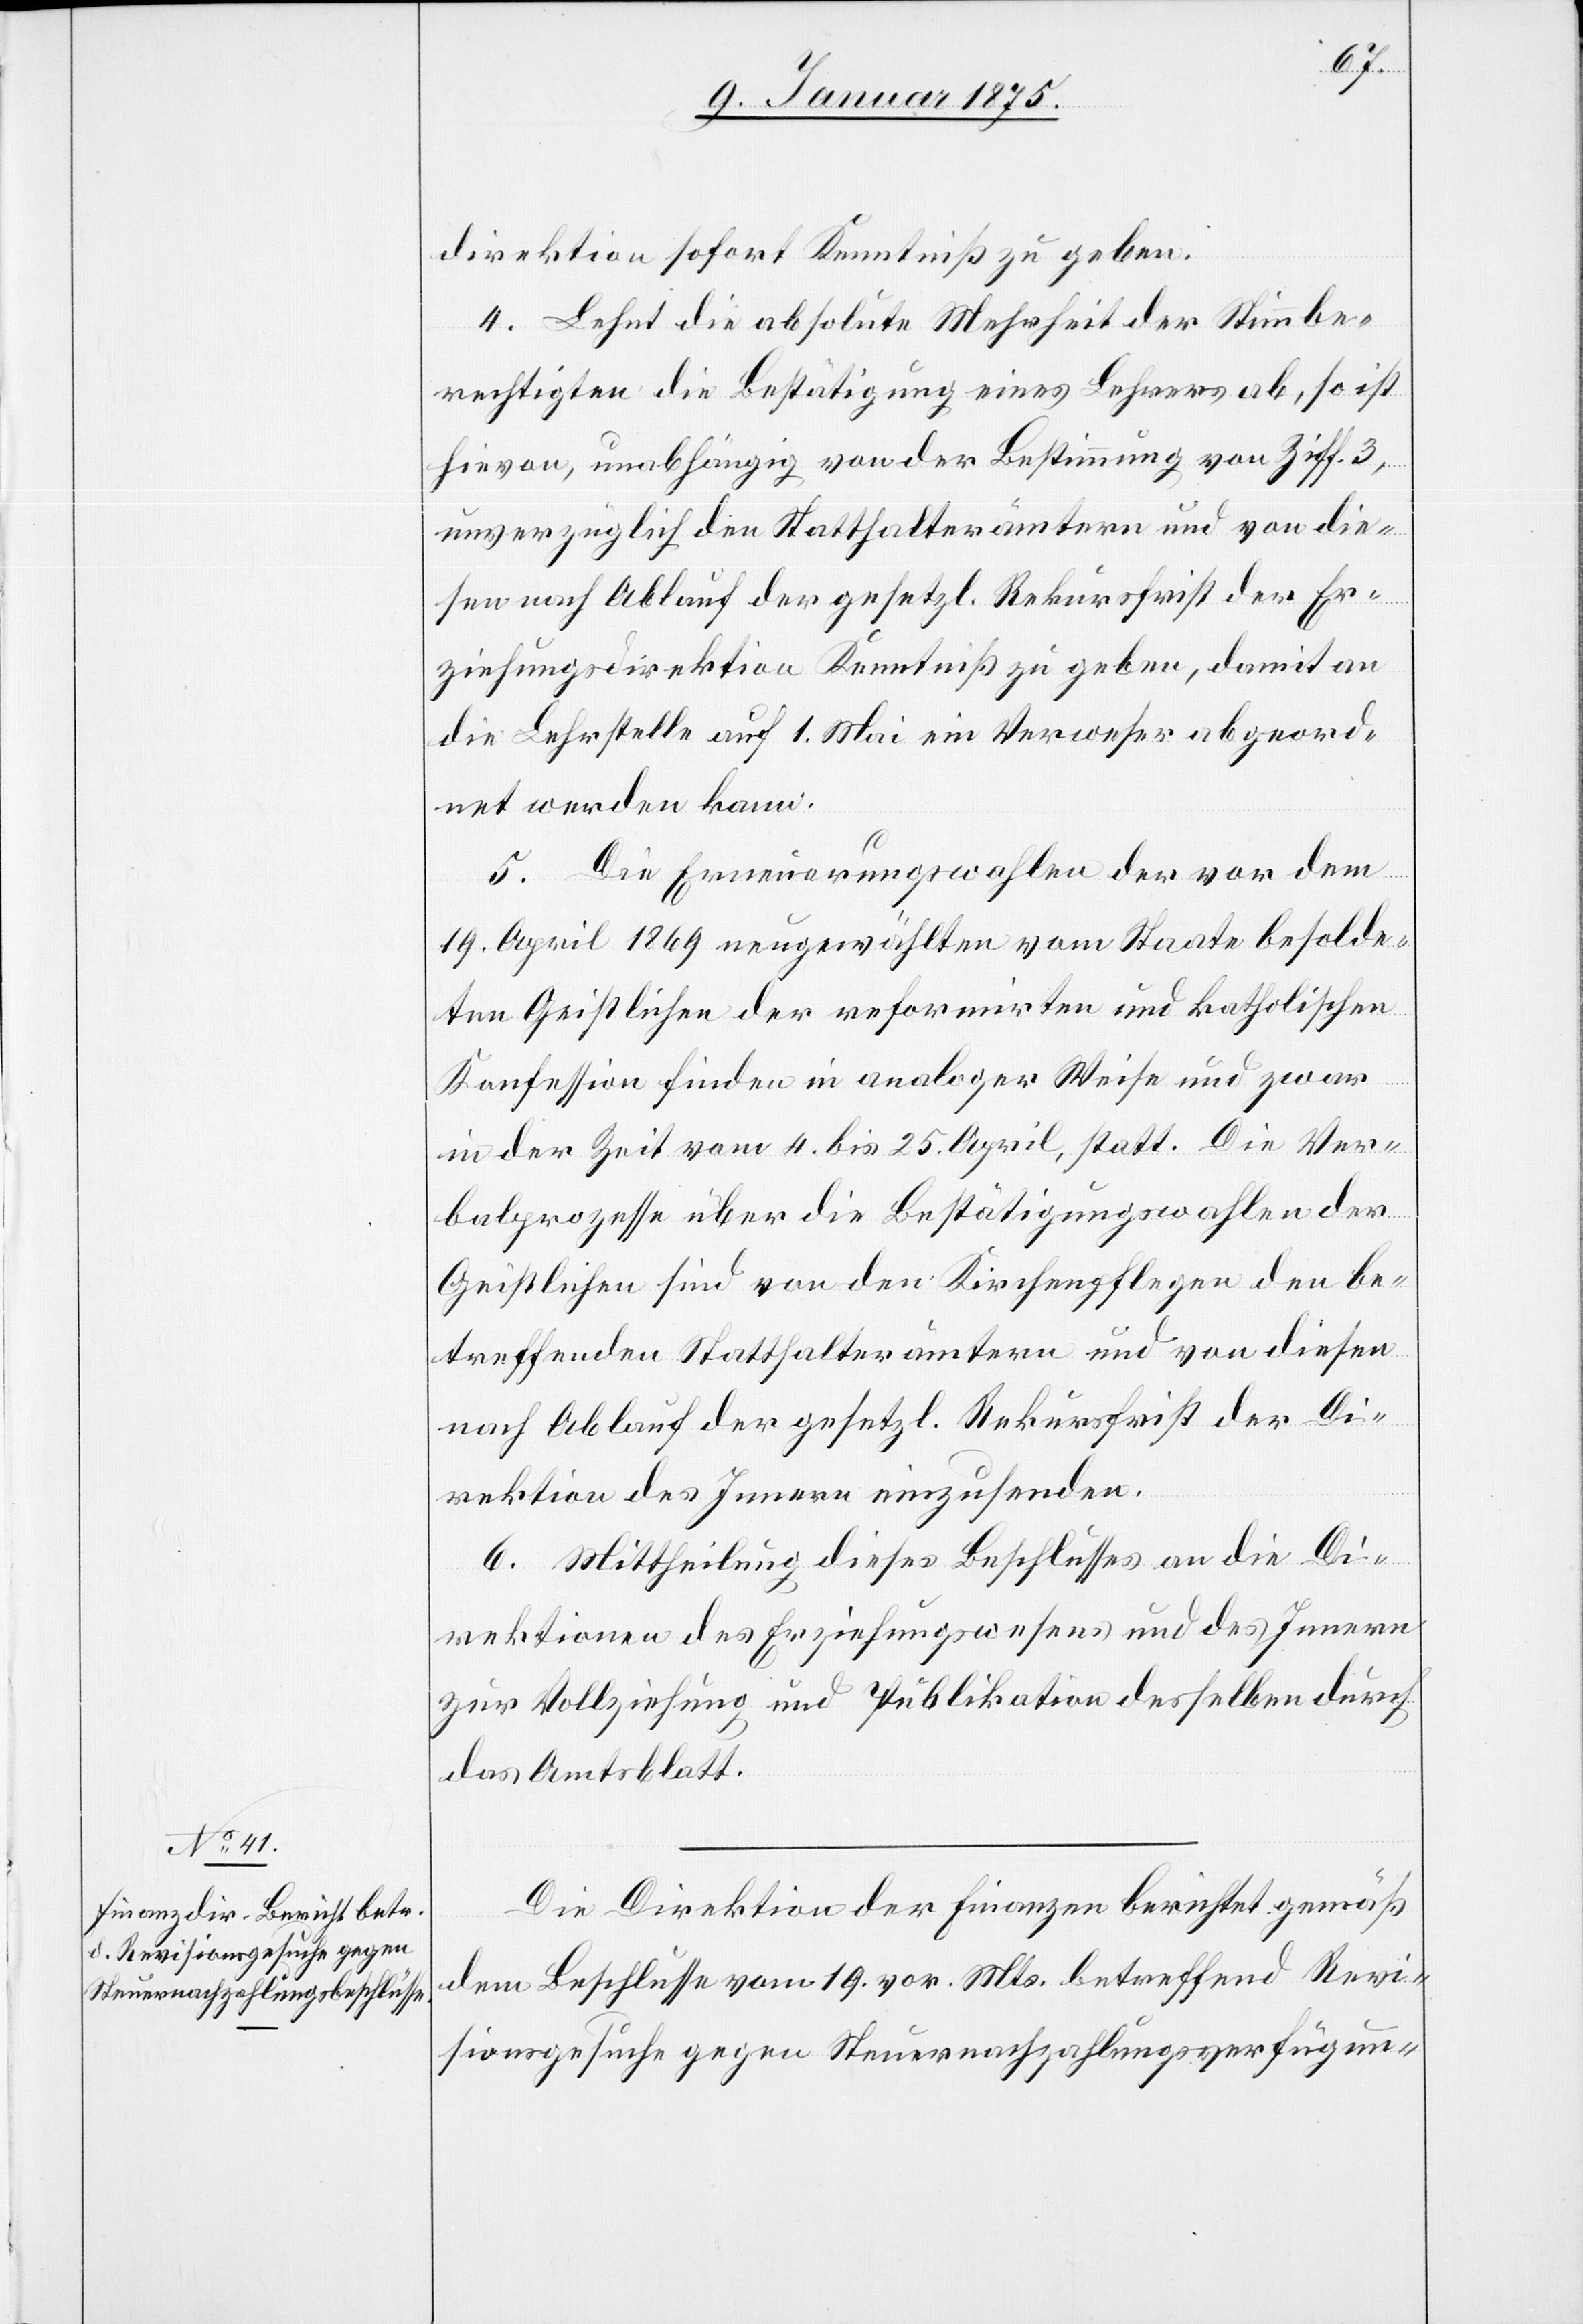
direktion sofort Kenntniß zu geben.
4. Lehnt die absolute Mehrheit der Stimmbe¬
rechtigten die Bestätigung eines Lehrers ab, so ist
hievon, unabhängig von der Bestimmung von Ziff. 3,
unverzüglich den Statthalterämtern und von die¬
sen nach Ablauf der gesetzl. Rekursfrist der Er¬
ziehungsdirektion Kenntniß zu geben, damit an
die Lehrstelle auf 1. Mai ein Verweser abgeord¬
net werden kann.
5. Die Erneuerungswahlen der von dem
19. April 1869 neugewählten vom Staate besolde¬
ten Geistlichen der reformirten und katholischen
Konfession finden in analoger Weise und zwar
in der Zeit vom 4. bis 25. April, statt. Die Ver¬
balprozesse über die Bestätigungswahlen der
Geistlichen sind von den Kirchenpflegen den be¬
treffenden Statthalterämtern und von diesen
nach Ablauf der gesetzl. Rekursfrist der Di¬
rektion des Innern einzusenden.
6. Mittheilung dieses Beschlusses an die Di¬
rektionen des Erziehungswesens und des Innern
zur Vollziehung und Publikation desselben durch
das Amtsblatt.
Die Direktion der Finanzen berichtet gemäß
dem Beschlusse vom 19. vor. Mts. betreffend Revi¬
sionsgesuche gegen Steuernachzahlungsverfügun-